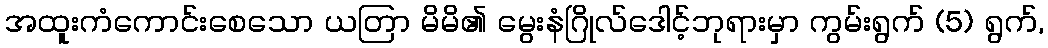
အထူးကံကောင်းစေသော ယတြာ မိမိ၏ မွေးနံဂြိုလ်ဒေါင့်ဘုရားမှာ ကွမ်းရွက် (5) ရွက်,